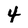
Character: 4